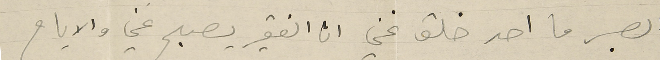
الصبر ما احد خلق غني ان الفقير يصبح غني والايام